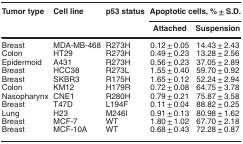
| Tumor type | Cell line | p53 status | <COLSPAN=2> Apoptotic cells, %±S.D. |
 |  |  |  | Attached | Suspension |
 | --- | --- | --- | --- | --- |
 | Breast | MDA-MB-468 | R273H | 0.12±0.05 | 14.43±2.43 |
 | Colon | HT29 | R273H | 0.49±0.23 | 13.28±2.56 |
 | Epidermoid | A431 | R273H | 0.56±0.23 | 37.05±2.89 |
 | Breast | HCC38 | R273L | 1.55±0.40 | 59.70±0.92 |
 | Breast | SKBR3 | R175H | 1.65±0.12 | 52.24±2.94 |
 | Colon | KM12 | H179R | 0.72±0.08 | 64.75±3.78 |
 | Nasopharynx | CNE1 | R280H | 0.79±0.21 | 75.87±3.58 |
 | Breast | T47D | L194F | 0.11±0.04 | 88.82±0.25 |
 | Lung | H23 | M246I | 0.91±0.13 | 80.98±1.62 |
 | Breast | MCF-7 | WT | 1.80±1.02 | 67.70±2.18 |
 | Breast | MCF-10A | WT | 0.68±0.43 | 72.28±0.87 |